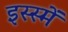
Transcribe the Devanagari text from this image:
इस्स्में